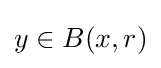
y\in B(x,r)